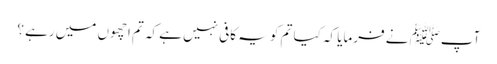
آپﷺ نے فرمایا کہ کیا تم کو یہ کافی نہیں ہے کہ تم اچھوں میں رہے ؟